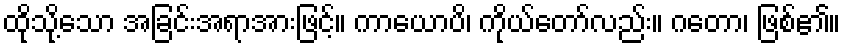
ထိုသို့သော အခြင်းအရာအားဖြင့်။ ကာယောပိ၊ ကိုယ်တော်လည်း။ ဂတော၊ ဖြစ်၏။